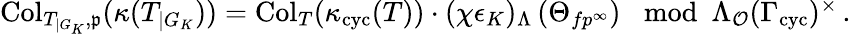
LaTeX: \begin{array}{r}{\begin{array}{r}{\mathrm{Col}_{T_{\vert G_{K}},\mathfrak{p}}(\kappa(T_{\vert G_{K}}))=\mathrm{Col}_{T}(\kappa_{\textup{cyc}}(T))\cdot(\chi\epsilon_{K})_{\Lambda}\left(\Theta_{fp^{\infty}}\right)\mod\Lambda_{\mathcal{O}}(\Gamma_{\textup{cyc}})^{\times}\, .}\end{array}}\end{array}